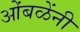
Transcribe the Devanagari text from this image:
ओंबळेंनी